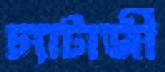
চ্যাটার্জী